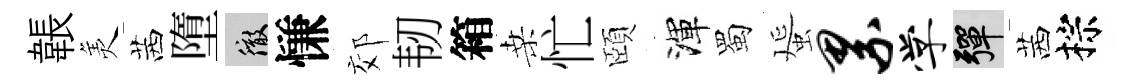
韔羙茜墮徹慊郊韧箱桑忙頤渾蜀蜑累学彈茜棕